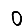
Digit: 0